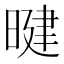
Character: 𪰷